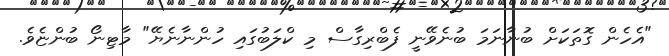
"އެހެން ގޮތަކަށް ބުނާނަމަ ބުނެވޭނީ ފެބްރިގާސް މި ކްލަބުގައި ހުންނާނެޔޭ" މާޓިނޯ ބުންޏެވެ.